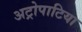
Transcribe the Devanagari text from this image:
अट्रोपाटिया